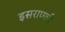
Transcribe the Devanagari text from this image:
इसराएली